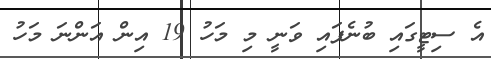
އެ ސިޓީގައި ބުނެފައި ވަނީ މި މަހު 19 އިން އަންނަ މަހު